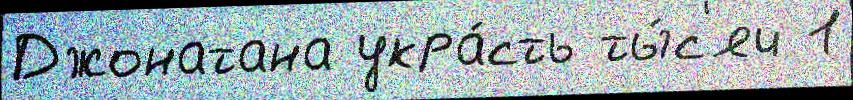
Джонатана укра́сть ты́с'яч 1